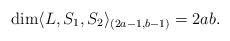
LaTeX: \begin{align*}\dim \langle L,S_1,S_2\rangle_{(2a-1,b-1)} = 2ab.\end{align*}